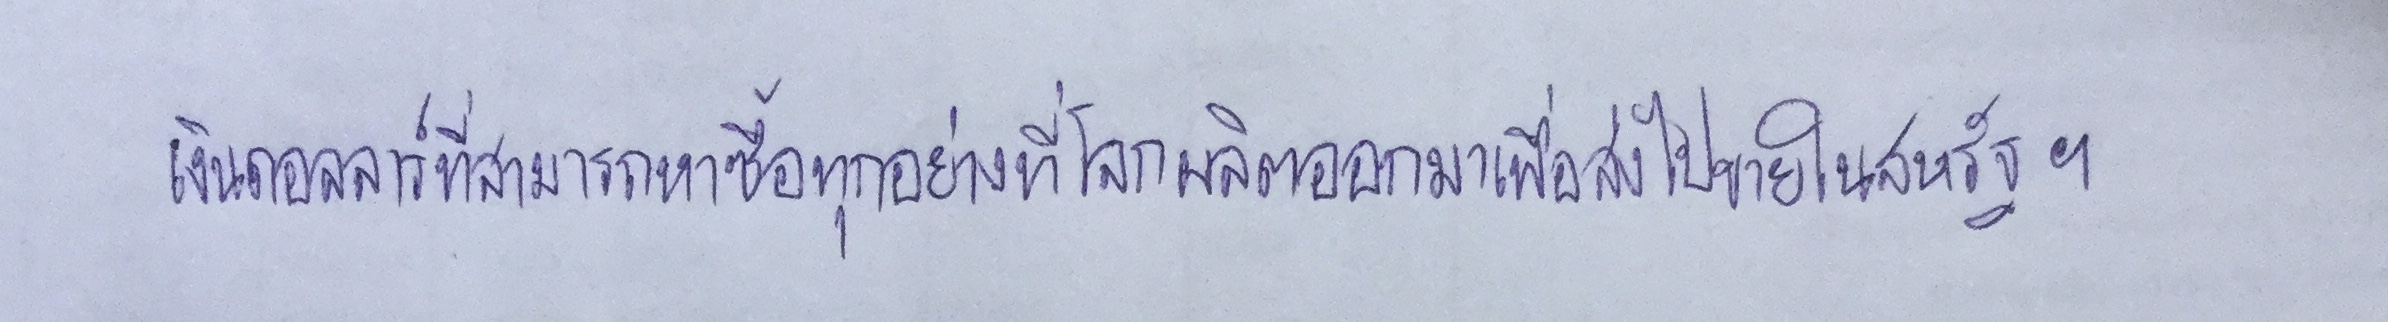
เงินดอลลาร์ที่สามารถซื้อหาทุกอย่างที่โลกผลิตออกมาเพื่อส่งไปขายในสหรัฐฯ